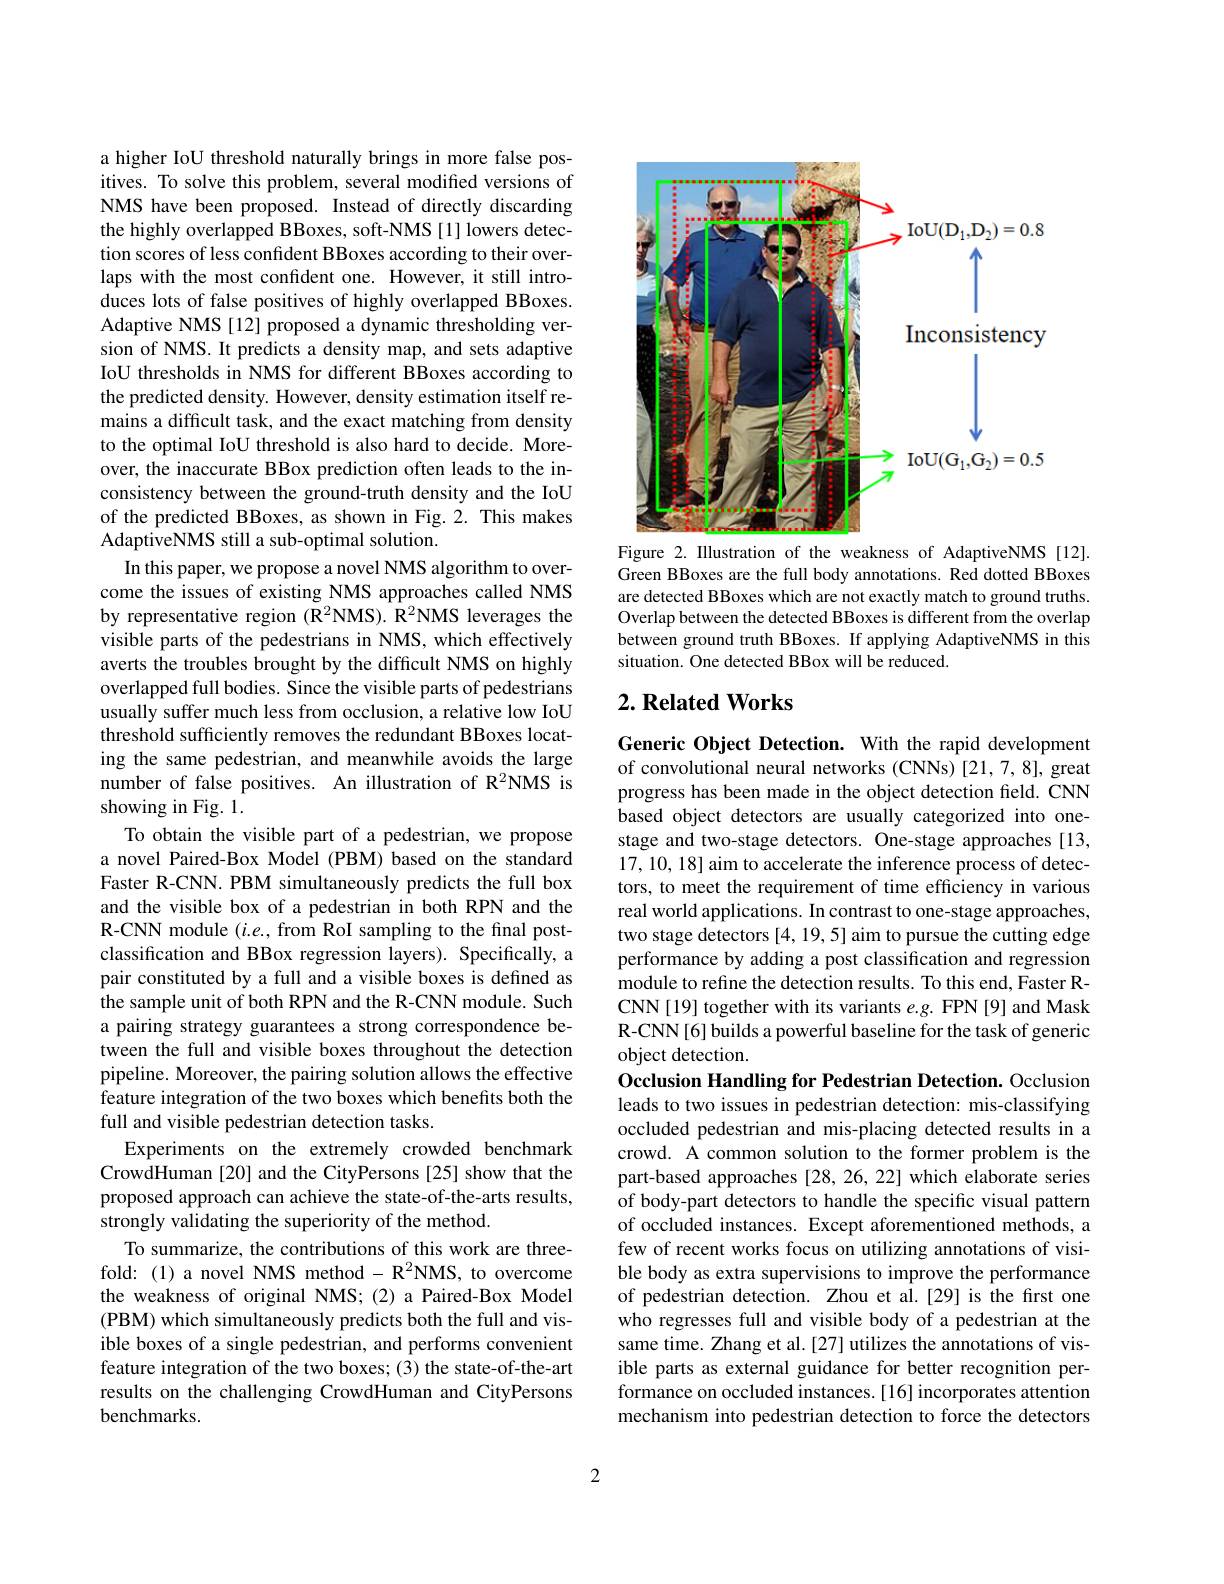
a higher IoU threshold naturally brings in more false positives. To solve this problem, several modified versions of NMS have been proposed. Instead of directly discarding the highly overlapped BBoxes, soft-NMS [1] lowers detection scores of less confident BBoxes according to their overlaps with the most confident one. However, it still introduces lots of false positives of highly overlapped BBoxes. Adaptive NMS [12] proposed a dynamic thresholding version of NMS. It predicts a density map, and sets adaptive IoU thresholds in NMS for different BBoxes according to the predicted density. However, density estimation itself remains a difficult task, and the exact matching from density to the optimal IoU threshold is also hard to decide. Moreover, the inaccurate BBox prediction often leads to the inconsistency between the ground-truth density and the IoU of the predicted BBoxes, as shown in Fig.2. This makes AdaptiveNMS still a sub-optimal solution.
In this paper, we propose a novel NMS algorithm to overcome the issues of existing NMS approaches called NMS by representative region $(\mathbb{R}^2$NMS).R$^2$NMS leverages the visible parts of the pedestrians in NMS, which effectively averts the troubles brought by the difficult NMS on highly overlapped full bodies. Since the visible parts of pedestrians usually suffer much less from occlusion, a relative low IoU threshold sufficiently removes the redundant BBoxes locating the same pedestrian, and meanwhile avoids the large number of false positives. An illustration of R$^2$NMS is showing in Fig. 1.
To obtain the visible part of a pedestrian, we propose a novel Paired-Box Model (PBM) based on the standard Faster R-CNN. PBM simultaneously predicts the full box and the visible box of a pedestrian in both RPN and the R-CNN module $(i.e.$,from RoI sampling to the final postclassification and BBox regression layers). Specifically, a pair constituted by a full and a visible boxes is defined as the sample unit of both RPN and the R-CNN module. Such a pairing strategy guarantees a strong correspondence between the full and visible boxes throughout the detection pipeline. Moreover, the pairing solution allows the effective feature integration of the two boxes which benefits both the full and visible pedestrian detection tasks.
Experiments on the extremely crowded benchmark CrowdHuman[20] and the CityPersons [25] show that the proposed approach can achieve the state-of-the-arts results, strongly validating the superiority of the method.
To summarize, the contributions of this work are threefold:(1) a novel NMS method- R$^2$NMS, to overcome the weakness of original NMS;(2) a Paired-Box Model (PBM) which simultaneously predicts both the full and visible boxes of a single pedestrian, and performs convenient feature integration of the two boxes; (3) the state-of-the-art results on the challenging CrowdHuman and CityPersons benchmarks.

<FigureHere>

Figure 2. Illustration of the weakness of AdaptiveNMS [12]. Green BBoxes are the full body annotations. Red dotted BBoxes are detected BBoxes which are not exactly match to ground truths. Overlap between the detected BBoxes is different from the overlap between ground truth BBoxes. If applying AdaptiveNMS in this situation. One detected BBox will be reduced.

## $2. \textbf{Related Works}$

Generic Object Detection. With the rapid development of convolutional neural networks (CNNs) [21,7,8], great progress has been made in the object detection field. CNN based object detectors are usually categorized into onestage and two-stage detectors. One-stage approaches [13, 17,10,18] aim to accelerate the inference process of detectors, to meet the requirement of time efficiency in various real world applications. In contrast to one-stage approaches, two stage detectors [4, 19, 5] aim to pursue the cutting edge performance by adding a post classification and regression module to refine the detection results. To this end, Faster RCNN[19] together with its variants $e.g.$ FPN[9] and Mask R-CNN[6] builds a powerful baseline for the task of generic object detection.

Occlusion Handling for Pedestrian Detection. Occlusion

leads to two issues in pedestrian detection: mis-classifying occluded pedestrian and mis-placing detected results in a crowd. A common solution to the former problem is the part-based approaches [28,26,22] which elaborate series of body-part detectors to handle the specific visual pattern of occluded instances. Except aforementioned methods, a few of recent works focus on utilizing annotations of visible body as extra supervisions to improve the performance of pedestrian detection. Zhou et al.[29] is the first one who regresses full and visible body of a pedestrian at the same time. Zhang et al. [27] utilizes the annotations of visible parts as external guidance for better recognition performance on occluded instances.[16] incorporates attention mechanism into pedestrian detection to force the detectors

2